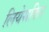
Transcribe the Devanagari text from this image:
लियेसकिर